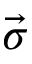
\vec { \sigma }